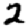
Digit: 2